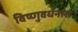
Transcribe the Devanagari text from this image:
विष्णुवर्धनला